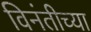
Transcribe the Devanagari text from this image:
विनंतीच्या